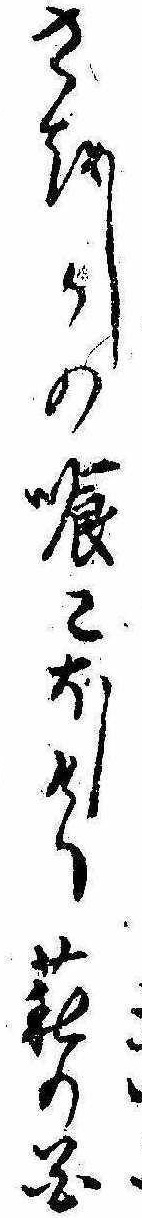
さをしかの喰こほしけり萩の花